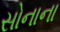
સોનાના